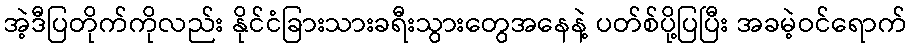
အဲ့ဒီပြတိုက်ကိုလည်း နိုင်ငံခြားသားခရီးသွားတွေအနေနဲ့ ပတ်စ်ပို့ပြပြီး အခမဲ့ဝင်ရောက်